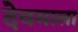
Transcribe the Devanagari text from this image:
देवमाला